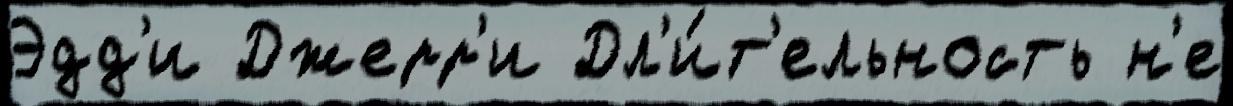
Эдд'и Джерр'и Дл'и́т'ельность н'е